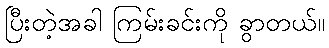
ပြီးတဲ့အခါ ကြမ်းခင်းကို ခွာတယ်။